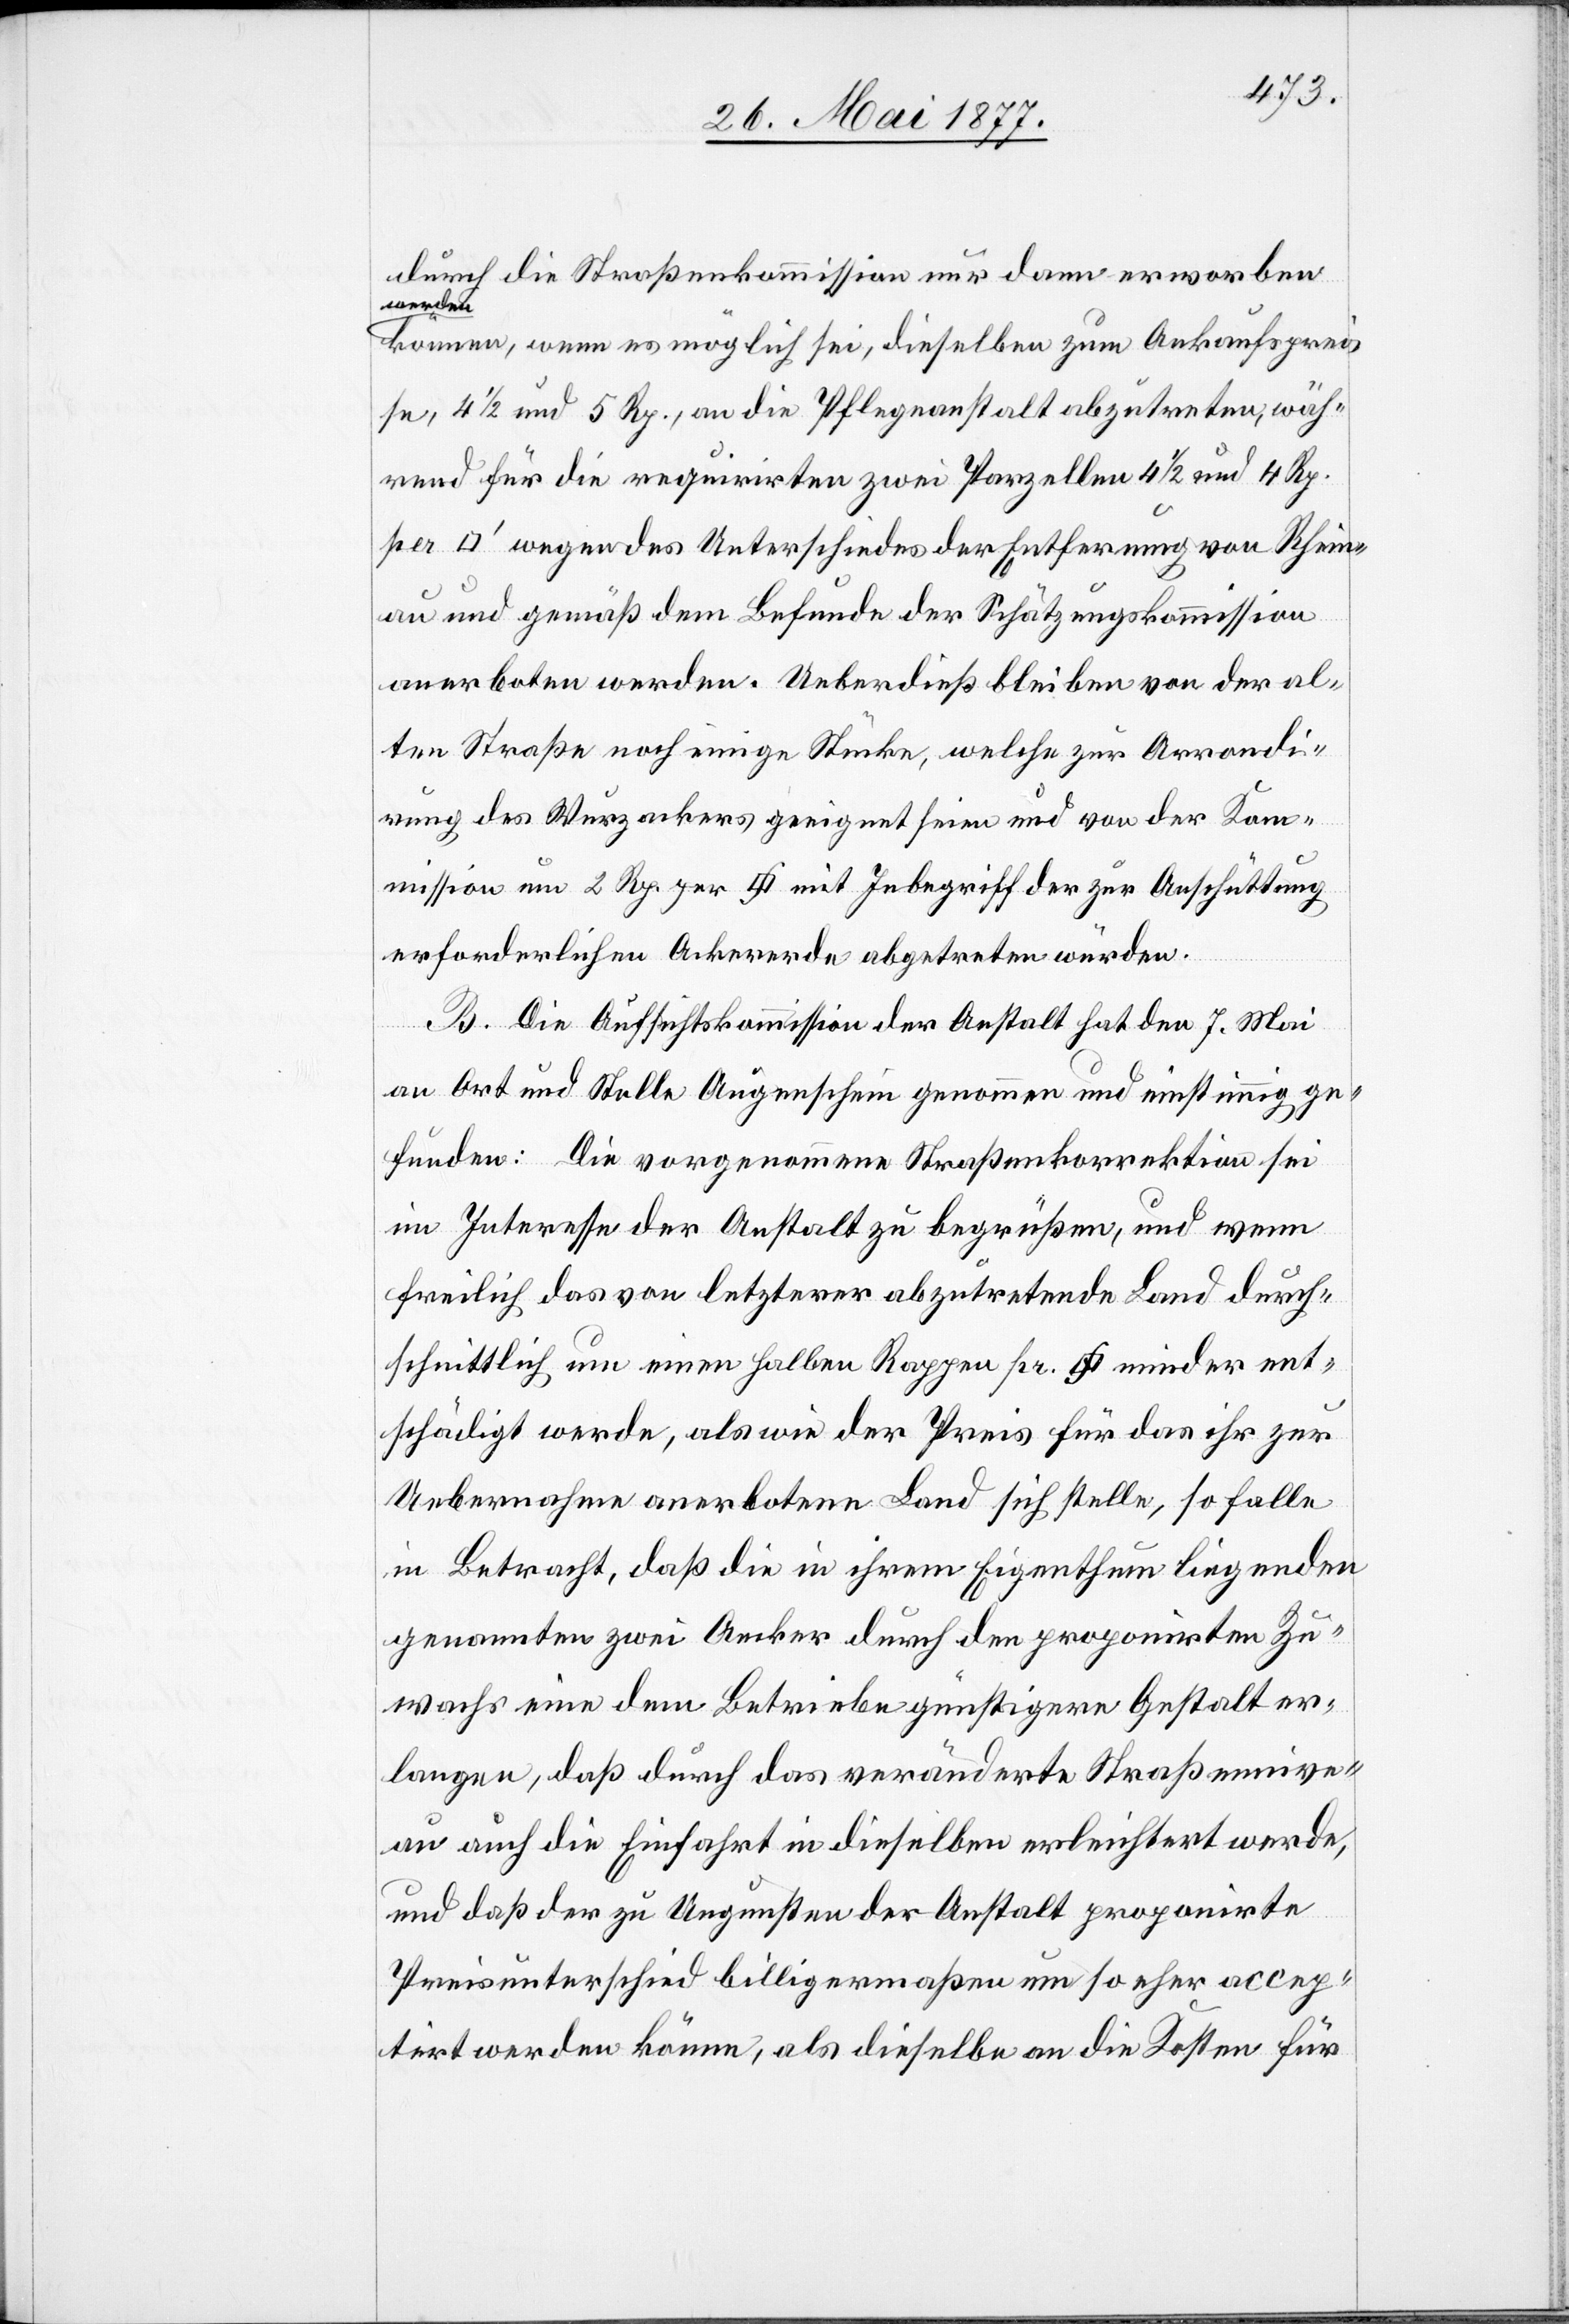
durch die Straßenkommission nur dann erworben
werden
können, wenn es möglich sei, dieselben zum Ankaufsprei¬
se, 4 1/2 und 5 Rp., an die Pflegeanstalt abzutreten, wäh¬
rend für die requirirten zwei Parzellen 4 1/2 und 4 Rp.
wegen des Unterschiedes der Entfernungen von Rhein¬
au und gemäß dem Befunde der Schätzungskommission
anerboten werden. Ueberdieß bleiben von der al¬
ten Straße noch einige Stücke, welche zur Arrondi¬
rung des Wurzackers geeignet seien und von der Kom¬
mission um 2 Rp. per [Quadratfuss] mit Inbegriff der zur Anschüttung
erforderlichen Ackererde abgetreten würden.
B. Die Aufsichtskommission der Anstalt hat den 7. Mai
an Ort und Stelle Augenschein genommen und einstimmig ge¬
funden: Die vorgenommene Straßenkorrektion sei
im Interesse der Anstalt zu begrüßen, und wenn
freilich das von letzterer abzutretende Land durch¬
schnittlich um einen halben Rappen pr. [Quadratfuss] minder ent¬
schädigt werde, als wie der Preis für das ihr zur
Uebernahme anerbotene Land sich stelle, so falle
in Betracht, daß die in ihrem Eigenthum liegenden
genannten zwei Acker durch den proponirten Zu¬
wachs eine dem Betriebe günstige Gestalt er¬
langen, daß durch das veränderte Straßennive¬
au auch die Einfahrt in dieselben erleichtert werde,
und daß der zu Ungunsten der Anstalt proponirte
Preisunterschied billigermaßen um so eher accep¬
tirt werden könne, als dieselbe an die Kosten für